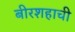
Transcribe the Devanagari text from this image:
बीरशहाची